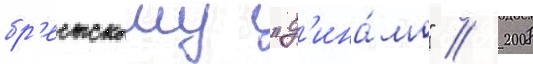
бр'естскому "д'ина́мо" // 2008